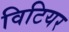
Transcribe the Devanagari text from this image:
विटियर